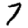
Digit: 7